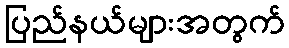
ပြည်နယ်များအတွက်